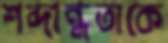
শব্দান্ধতাকে